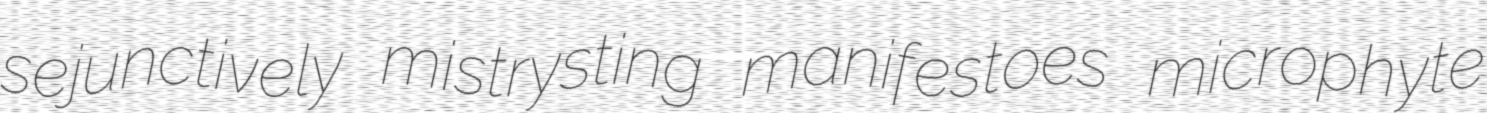
sejunctively mistrysting manifestoes microphyte